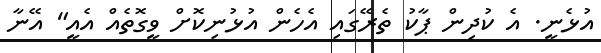
އުޅެނީ. އެ ކުދިން ޕާކު ތެރޭގައި އެހެން އުޅުނިކޮށް ވީގޮތެއް އެއީ" އޭނާ